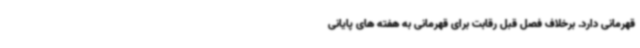
قهرمانی دارد. برخلاف فصل قبل رقابت برای قهرمانی به هفته های پایانی